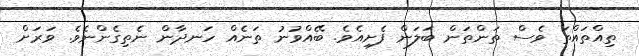
ތިއްތައްތަ ވެސް ތަންތަން ބަލަން ފެށިއެވެ. ބޭއްވުނު ތަނެއް ހަނދާން ނެތިގެންނެވެ. ވަރަށް